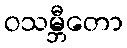
ဝသမ္ဘီတော